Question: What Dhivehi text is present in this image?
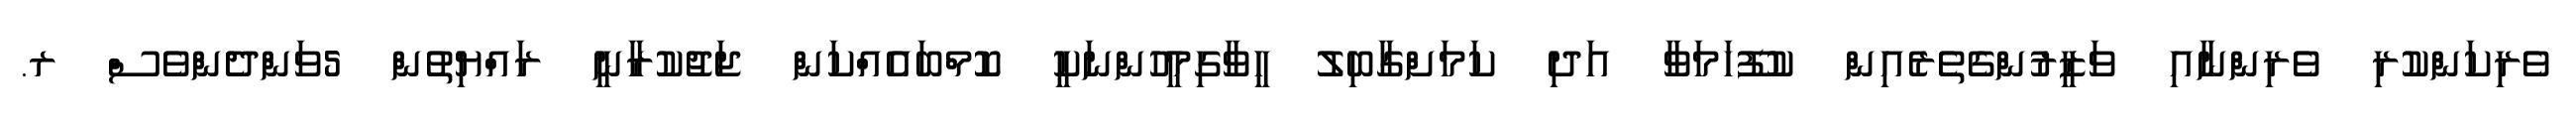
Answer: ވެރިކަންކުރި ވެރިންނާއި ވަޒީރުންގެތެރެއިން ކުފޫހަމަވާ އަދި ކަމަށްގާބިލު ހީވާގިމީހުންނަކީ ކޮމްބައެއްކަން ޖަޖުކުރާނީ ރައްޔިތުން 5ވަންދެންވެސް ރ.